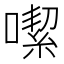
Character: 噄